Senior Leaving Certificate Examination (including Day School Certificate (Higher) General paper), 1948
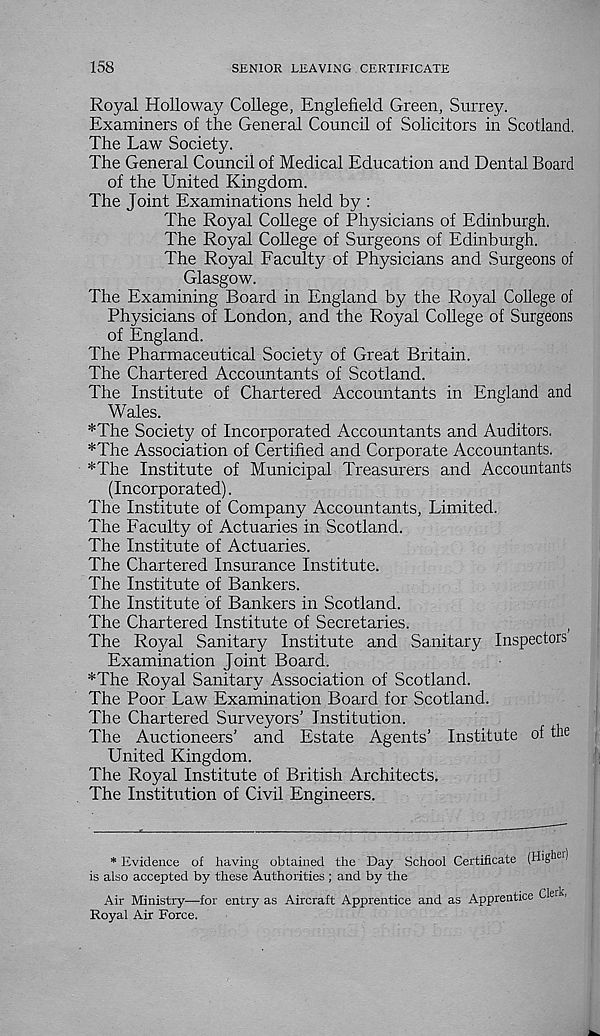
158
SENIOR LEAVING CERTIFICATE
Royal Holloway College, Englefield Green, Surrey.
Examiners of the General Council of Solicitors in Scotland.
The Law Society.
The General Council of Medical Education and Dental Board
of the United Kingdom.
The Joint Examinations held by :
The Royal College of Physicians of Edinburgh.
The Royal College of Surgeons of Edinburgh.
The Royal Faculty of Physicians and Surgeons of
Glasgow.
The Examining Board in England by the Royal College of
Physicians of London, and the Royal College of Surgeons
of England.
The Pharmaceutical Society of Great Britain.
The Chartered Accountants of Scotland.
The Institute of Chartered Accountants in England and
Wales.
*The Society of Incorporated Accountants and Auditors.
*The Association of Certified and Corporate Accountants.
*The Institute of Municipal Treasurers and Accountants
(Incorporated).
The Institute of Company Accountants, Limited.
The Faculty of Actuaries in Scotland.
The Institute of Actuaries.
The Chartered Insurance Institute.
The Institute of Bankers.
The Institute of Bankers in Scotland.
The Chartered Institute of Secretaries.
)
The Royal Sanitary Institute and Sanitary Inspectors
Examination Joint Board.
*The Royal Sanitary Association of Scotland.
The Poor Law Examination Board for Scotland.
The Chartered Surveyors’ Institution.
The Auctioneers’ and Estate Agents’ Institute of the
United Kingdom.
The Royal Institute of British Architects.
The Institution of Civil Engineers.
* Evidence of having obtained the Day School Certificate (High 61 )
is also accepted by these Authorities ; and by the
Air Ministry—for entry as Aircraft Apprentice and as Apprentice Clerk,
Royal Air Force.